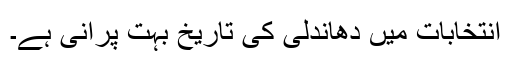
انتخابات میں دھاندلی کی تاریخ بہت پرانی ہے۔